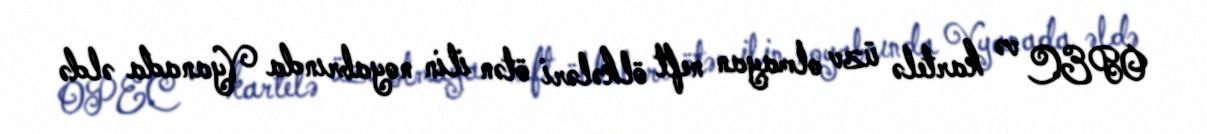
OPEC və kartelə üzv olmayan neft ölkələri ötən ilin noyabrında Vyanada əldə